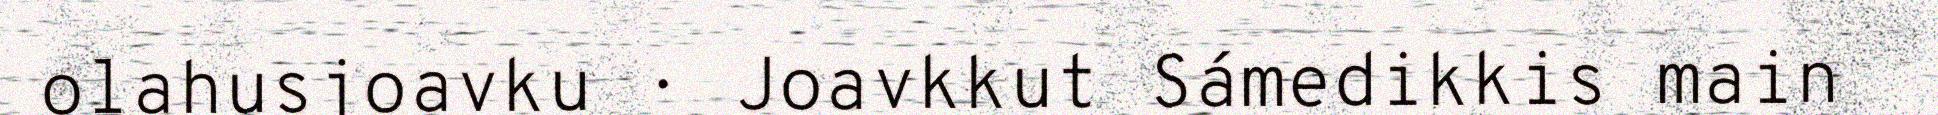
olahusjoavku · Joavkkut Sámedikkis main